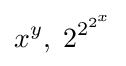
x^{y},\;2^{2^{2^{x}}}